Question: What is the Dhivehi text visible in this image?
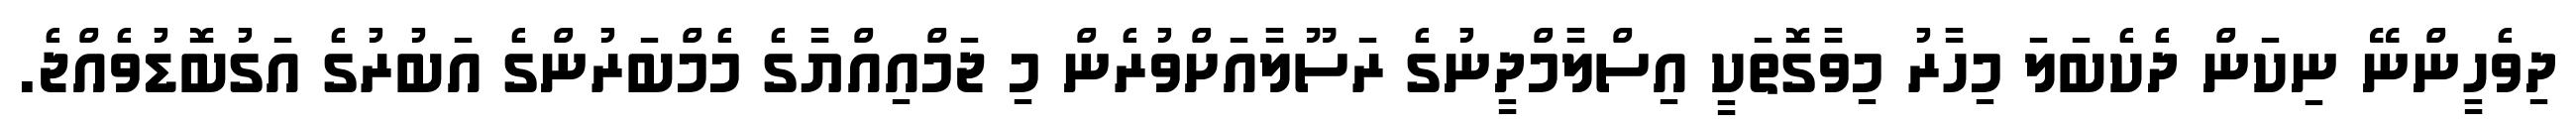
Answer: ދިވެހީންނޭ ނިކަން ދެކެބަލަ މިހާރު މިވާގޮތަކީ އިސްލާމްދީނުގެ ރަސޫލާއަށްވުރެން މި ޖަމްއިއްޔާގެ މެމްބަރުންގެ އަބުރުގެ އަގުބޮޑުވެއްޖެ.